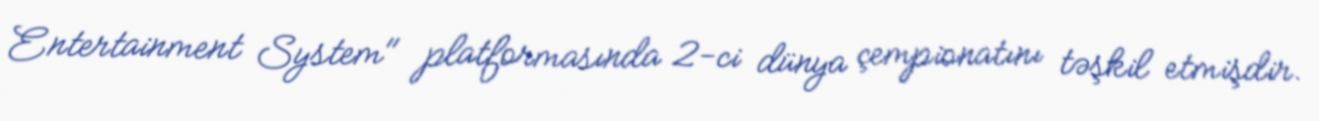
Entertainment System" platformasında 2-ci dünya çempionatını təşkil etmişdir.